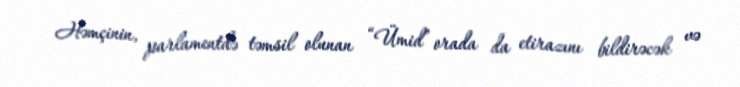
Həmçinin, parlamentdə təmsil olunan “Ümid” orada da etirazını bildirəcək və